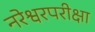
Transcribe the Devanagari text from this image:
नरेश्वरपरीक्षा